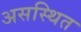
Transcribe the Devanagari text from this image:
असस्थित